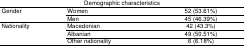
| <COLSPAN=3> Demographic characteristics |
 | --- | --- | --- |
 | <ROWSPAN=3> Gender | Women | 52 (53.61%) |
 | Men | 45 (46.39%) |
 | <ROWSPAN=5> Nationality | Macedonian | 42 (43.3%) |
 | Albanian | 49 (50.51%) |
 | Other nationality | 6 (6.18%) |